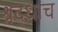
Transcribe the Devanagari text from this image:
श्रद्धाच